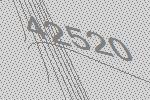
42520